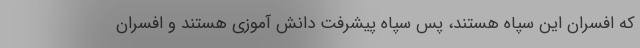
که افسران این سپاه هستند، پس سپاه پیشرفت دانش آموزی هستند و افسران